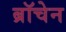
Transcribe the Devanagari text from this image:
ब्रॉचेन